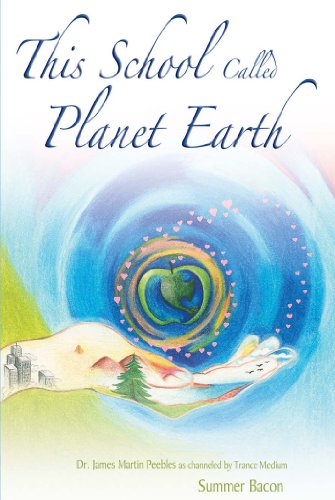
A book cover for This School Called Planet Earth; Summer Bacon; Religion & Spirituality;